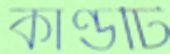
কাণ্ডটি